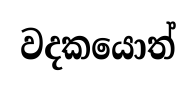
වදකයොත්